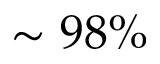
\sim 9 8 \%